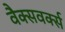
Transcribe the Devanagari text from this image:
वैक्सवर्क्स